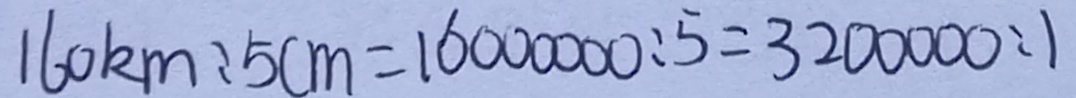
1 6 0 k m : 5 c m = 1 6 0 0 0 0 0 0 : 5 = 3 2 0 0 0 0 0 : 1